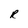
Character: R